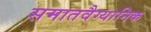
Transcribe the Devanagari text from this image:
समातवैग्यानिक